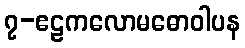
၇-ဧဠကလောမဓောဝါပန